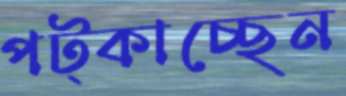
পট্‌কাচ্ছেন